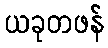
ယခုတဖန်